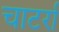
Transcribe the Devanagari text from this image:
चाटर्रा